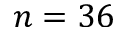
n = 3 6